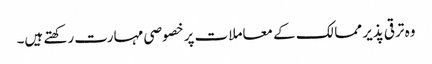
وہ ترقی پذیر ممالک کے معاملات پر خصوصی مہارت رکھتے ہیں۔